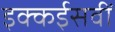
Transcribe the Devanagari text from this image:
इक्कईसवीं